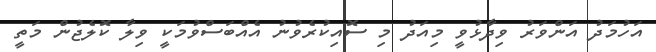
އަހުމަދު އަންވަރު ވިދާޅުވީ މިއަދު މި ސޮއިކުރެވުނު އެއްބަސްވުމަކީ ވިލާ ކޮލެޖުން މަތީ